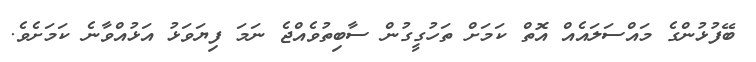
ބޭފުޅުންގެ މައްސަލައެއް އޮތް ކަމަށް ތަހުގީގުން ސާބިތުވެއްޖެ ނަމަ ފިޔަވަޅު އަޅުއްވާނެ ކަމަށެވެ.